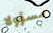
مسؤولا